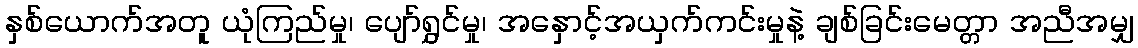
နှစ်ယောက်အတူ ယုံကြည်မှု၊ ပျော်ရွှင်မှု၊ အနှောင့်အယှက်ကင်းမှုနဲ့ ချစ်ခြင်းမေတ္တာ အညီအမျှ